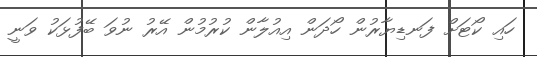
ހައި ކޯޓަށް ފަނޑިޔާރުން ހޯދަން އިއުލާން ކުރުމުން އޭރު ނުވަ ބޭފުޅަކު ވަނީ